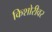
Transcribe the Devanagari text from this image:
किशोरीवर